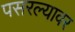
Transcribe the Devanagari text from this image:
पसरल्यावर